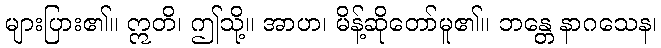
များပြား၏။ ဣတိ၊ ဤသို့။ အာဟ၊ မိန့်ဆိုတော်မူ၏။ ဘန္တေ နာဂသေန၊